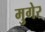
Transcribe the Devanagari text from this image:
मुगेर